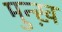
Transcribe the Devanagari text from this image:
मुन्ख़